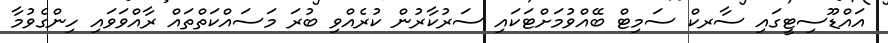
އައްޑޫސިޓީގައި ސާރކް ސަމިޓް ބޭއްވުމަށްޓަކައި ސަރުކާރުން ކުރެއްވި ބުރަ މަސައްކަތްތައް ރާއްވަވައި ހިންގެވުމާ